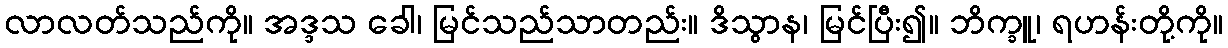
လာလတ်သည်ကို။ အဒ္ဒသ ခေါ၊ မြင်သည်သာတည်း။ ဒိသွာန၊ မြင်ပြီး၍။ ဘိက္ခူ၊ ရဟန်းတို့ကို။